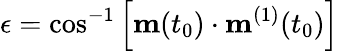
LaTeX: \epsilon=\cos^{-1}\left[\mathbf{m}(t_{0})\cdot\mathbf{m}^{(1)}(t_{0})\right]